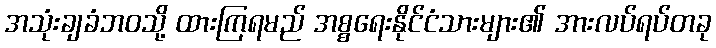
အသုံးချခံဘဝသို့ ထားကြရမည် အစ္စရေးနိုင်ငံသားများ၏ အားလပ်ရပ်တခု